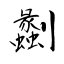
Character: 劙